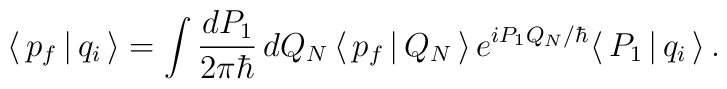
\langle \, p_f \, | \, q_i \, \rangle =\int \frac{ dP_1 }{ 2 \pi \hbar } \, dQ_N \,\langle \, p_f \, | \, Q_N \, \rangle \, e^{i P_1 Q_N / \hbar }\langle \, P_1 \, | \, q_i \, \rangle\, .